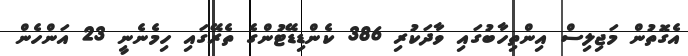
އެގޮތުން މަޖިލިސް އިންތިހާބުގައި ވާދަކުރި 386 ކެންޑިޑޭޓުންގެ ތެރޭގައި ހިމެނެނީ 23 އަންހެން